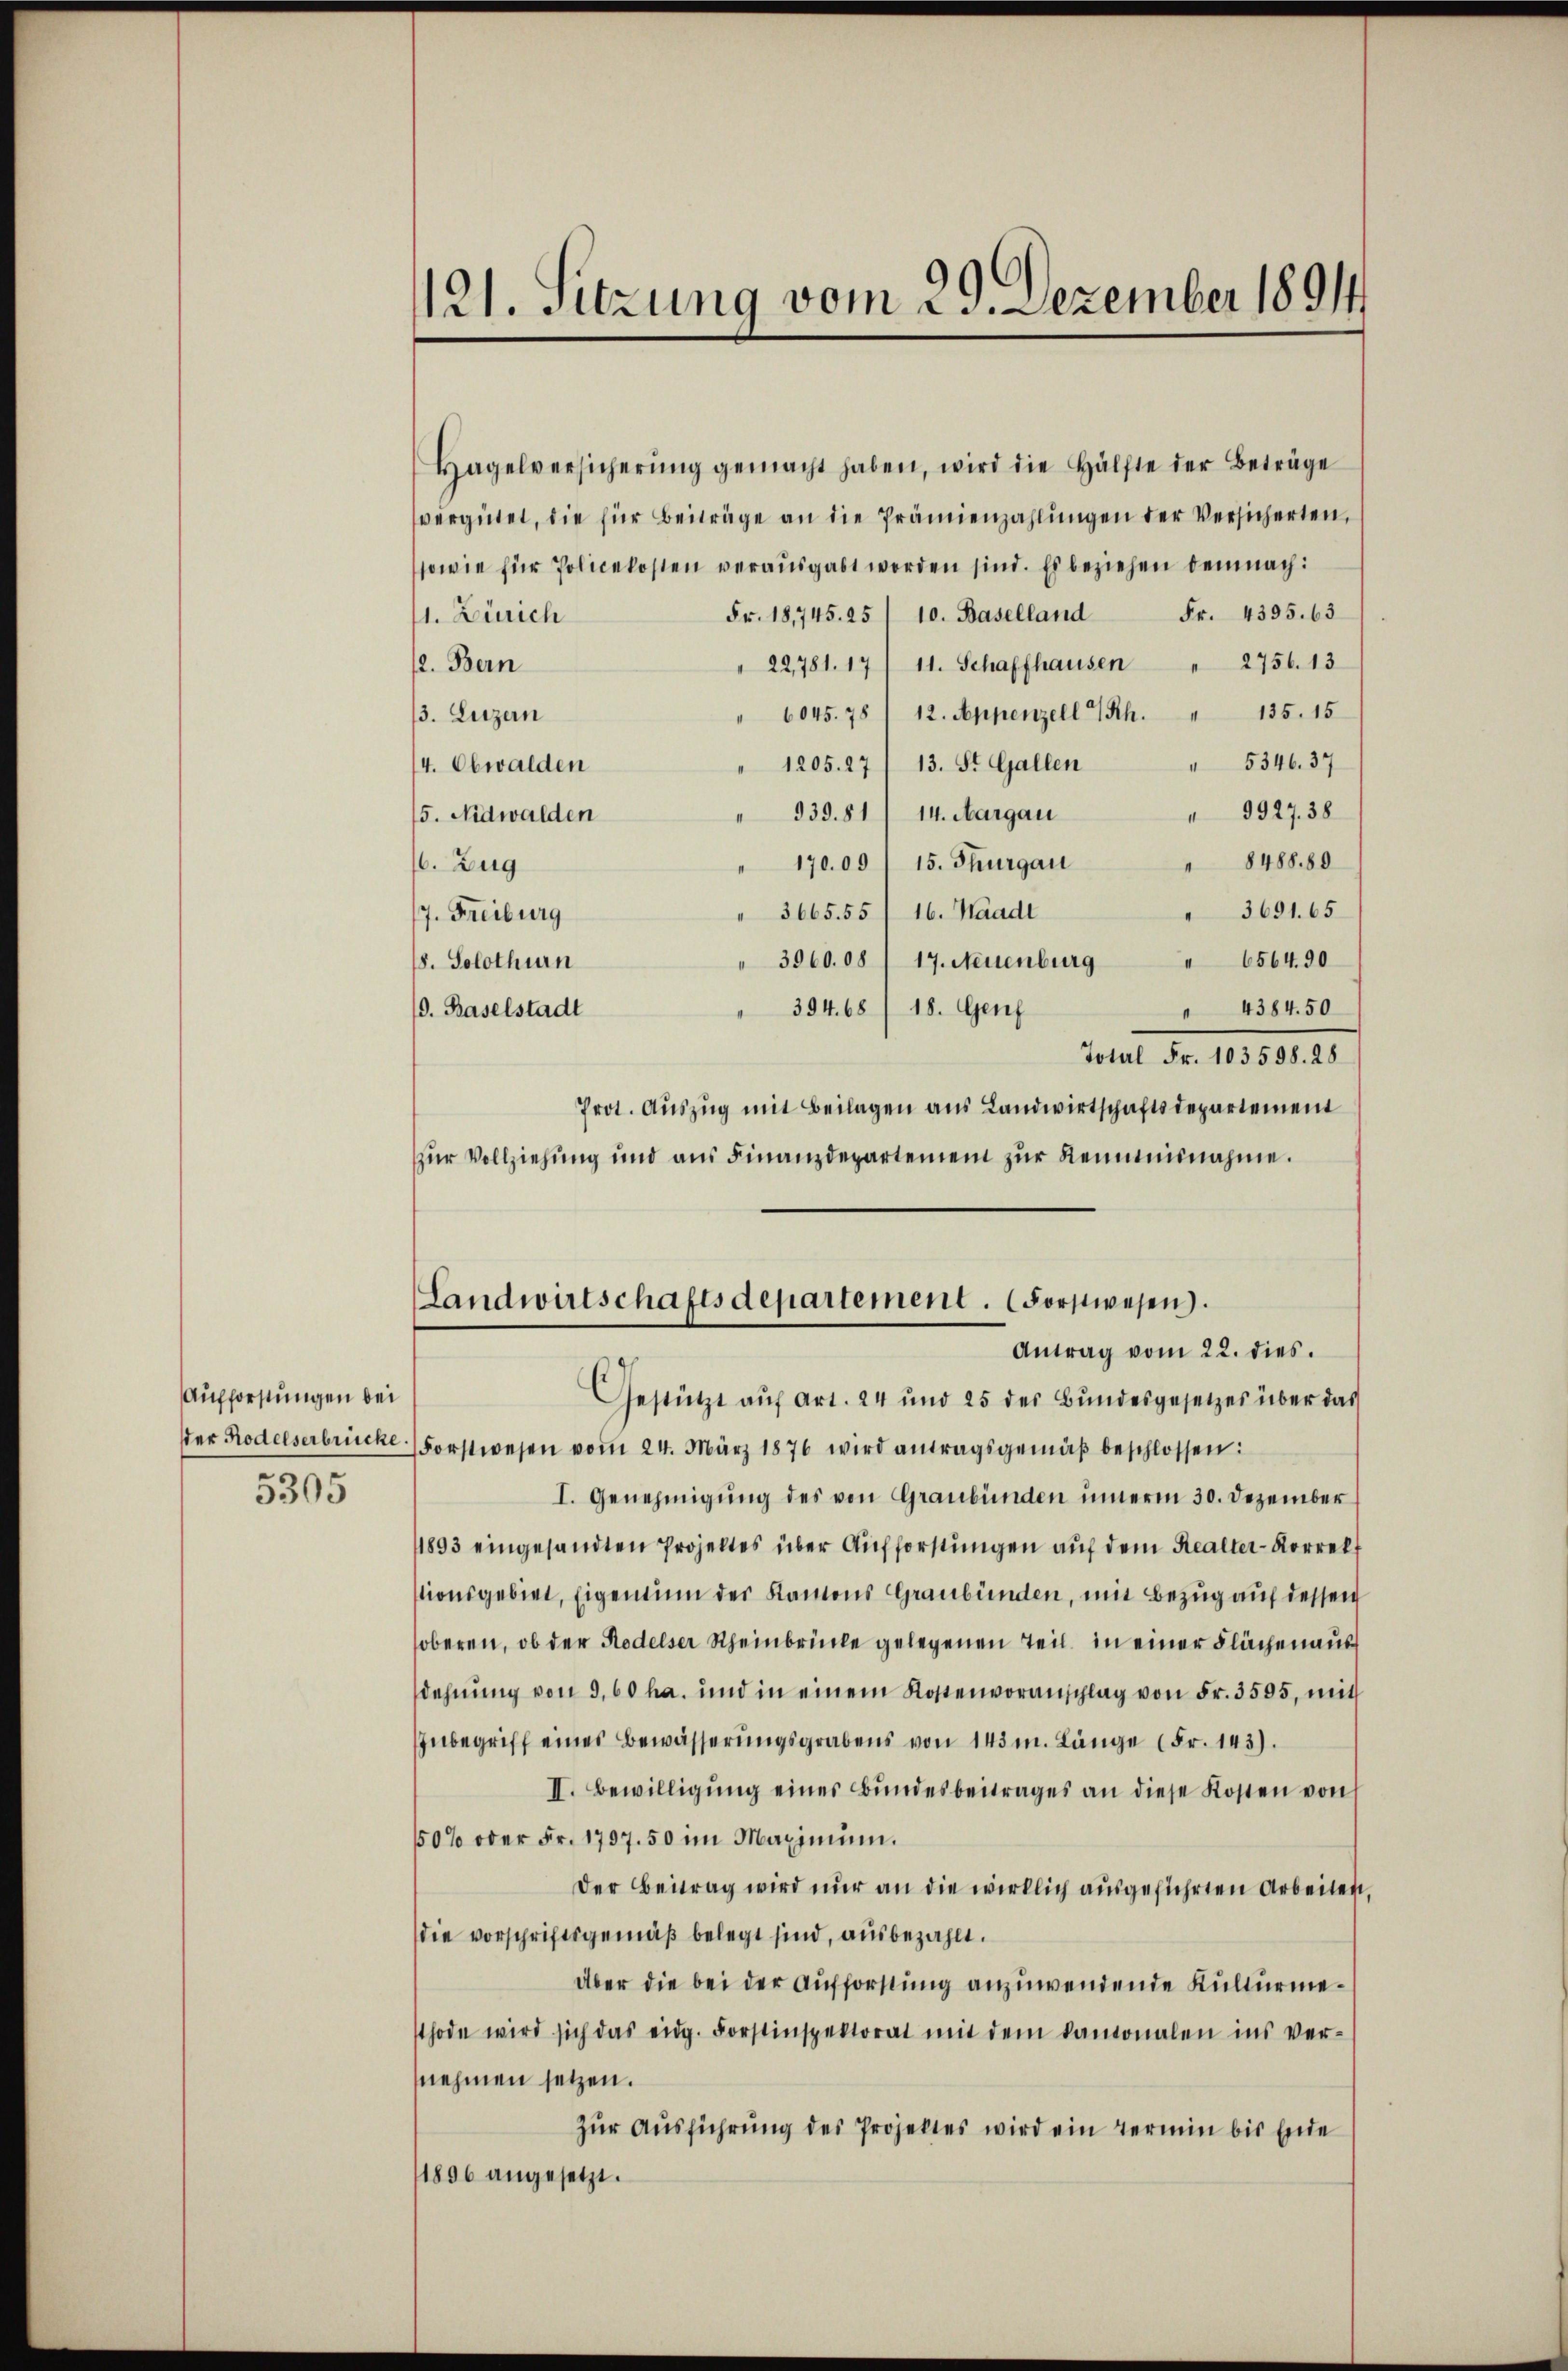
Aufforstungen bei
dder Rodelserbrücke.
5305

121. Sitzung vom 29. Dezember 18914

Hagelversicherŭng gemacht haben, wird die Hälfte der Beträge
vergütet, die für Beiträge an die Prämienzahlungen der Versicherten,
sowie für Policekosten verausgabt worden sind. Es beziehen demnach:
Fr. 18,745. 25/10. Baselland Fr. 4395. 63
1. Zürich
" 22,781. 17/ 11. Schaffhausen " 2756. 13
2. Bern
"6045. 78 /12. Appenzell h. " 135. 15
13. Luzern
 5346. 37
1205. 27/ 13. St. Gallen
4. Obwalden
9927. 38
 939.81) 14. Margau
15. Nidwalden
" 170.09/ 15. Thurgau " 8488.80
16. Zug
" 3691. 65
 3665. 55/ 16. Waadt
7. Freiburg
3960. 08 / 17. Neuenburg " 6564. 90
18. Solothurn
 4384. 50
 394. 68/18. Genf
d. Baselstadt
Total Fr. 103598. 28.
Prot. Auszug mit Beilagen aus Landwirtschaftsdepartement
Zur Vollziehung und aus Finanzdepartemen zur Reineinnahme.
(Landwirtschaftsdepartement. (Forstwesen.
Antrag vom 22. dies
Gestützt aŭf Art. 24 und 25 der Bundesgesetzes über das
Forstwesen vom 24. März 1876 wird antragsgemäβ beschlossen:
I. Genehmigung des von Graubünden interm 30. Dezember
1893 eingesandten Projektes über Aufforstungen auf dem Realter-Korrelf
tionsgebiet, Eigentum der Kantons Graubünden, mit Bezug auf dessen
soberen, ob der Rodelser Scheinbrücke gelegenen Teil in einer Flächen aus
sdehnung von 360 ha. und in einem Kostenvoranschlag von Fr. 3505, mit
Inbegriff eines Bewässerungsgrabens von 143 m. Länge (Fr. 143).
II. Bewilligŭng einer Bundesbeitrages an diese Kosten von
150% oder Fr. 1797. 50 im Maximum.
Der Beitrag wird nur an die wirklich ausgeführten Arbeiten,
die vorschriftsgemäß belegt sind, ausbezahlt.
Aber die bei der Aufforstung anzuwendende Kulturmethode wird sich das eidg. Forstinspektorat mit dem kantonalen ins ver-
nehmen setzen.
Zur Ausführung des Projektes wird ein Termin bis Ende
1896 angesetzt.